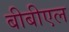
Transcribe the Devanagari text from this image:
बीबीएल